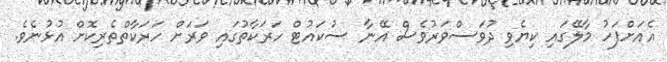
އެއަށްފަހު މާލޭގައި ކިޔެވި ދުވަސްވަރުވެސް އޭނާ ސުކައުޓް ހަރަކާތުގައި ވަރަށް ހަރަކާތްތެރިކޮށް އުޅުނެވެ.